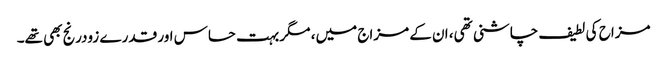
مزاح کی لطیف چاشنی تھی، ان کے مزاج میں، مگر بہت حساس اور قدرے زودرنج بھی تھے۔